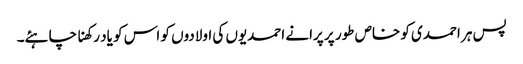
پس ہر احمدی کو خاص طور پر پرانے احمدیوں کی اولادوں کو اس کو یاد رکھنا چاہئے۔